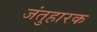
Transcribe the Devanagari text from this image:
जंतुहारक